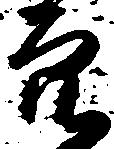
穴